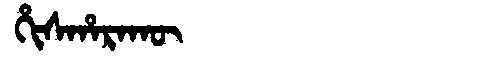
Manchu: ᡥᡳᠰᡥᠠᡵᠠᡴᡡ
Romanization: HISHARAKŪ